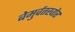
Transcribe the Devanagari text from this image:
बेमुर्वतखोर